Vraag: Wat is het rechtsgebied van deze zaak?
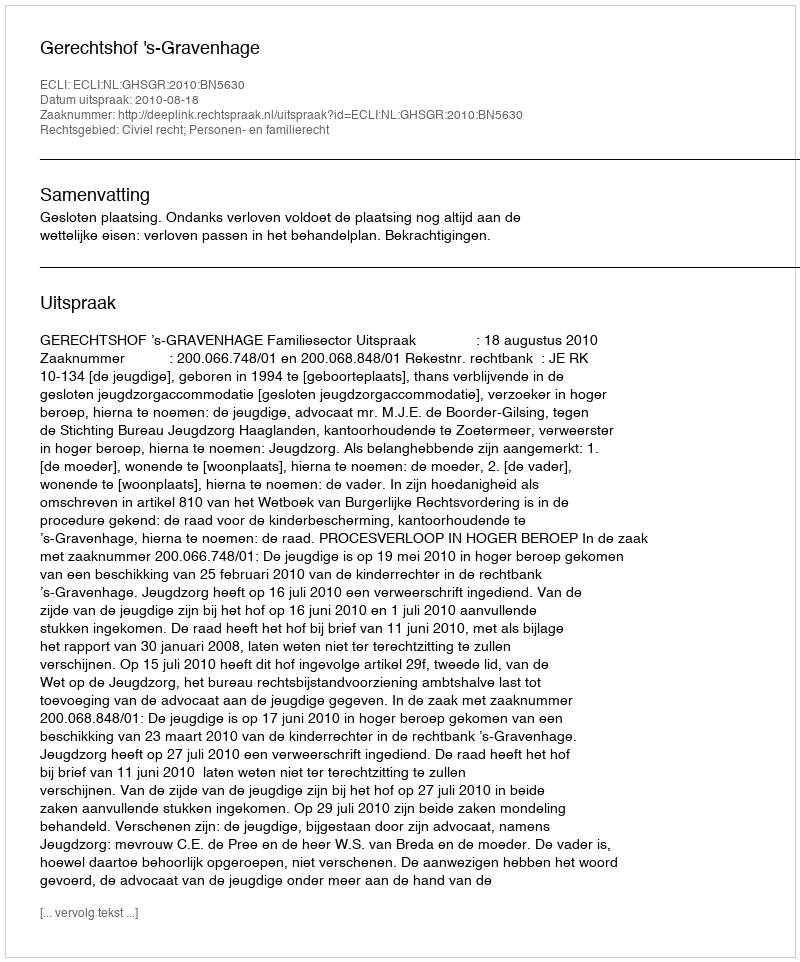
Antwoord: Civiel recht; Personen- en familierecht